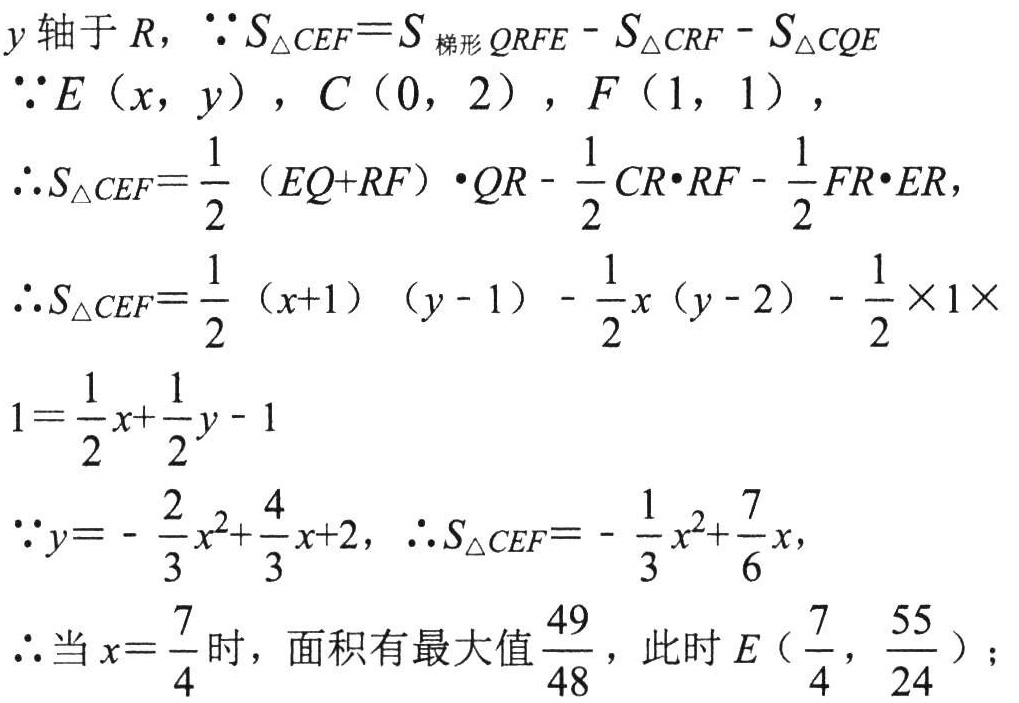
\(y轴于R，\because S_{\triangle CEF}=S_{梯形QRFE}-S_{\triangle CRF}-S_{\triangle CQE}\)
\(\because E(x,y)，C(0,2)，F(1,1)，\)
\(\therefore S_{\triangle CEF}=\frac{1}{2}(EQ + RF)\cdot QR-\frac{1}{2}CR\cdot RF-\frac{1}{2}FR\cdot ER，\)
\(\therefore S_{\triangle CEF}=\frac{1}{2}(x + 1)(y - 1)-\frac{1}{2}x(y - 2)-\frac{1}{2}\times1\times\)
\(1=\frac{1}{2}x+\frac{1}{2}y - 1\)
\(\because y=-\frac{2}{3}x^{2}+\frac{4}{3}x + 2，\therefore S_{\triangle CEF}=-\frac{1}{3}x^{2}+\frac{7}{6}x，\)
\(\therefore 当x=\frac{7}{4}时，面积有最大值\frac{49}{48}，此时E(\frac{7}{4}，\frac{55}{24})；\)